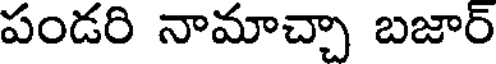
పండరి నామాచ్చా బజార్